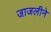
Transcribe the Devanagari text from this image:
जाजलीने